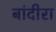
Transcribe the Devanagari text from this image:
बांदीरा